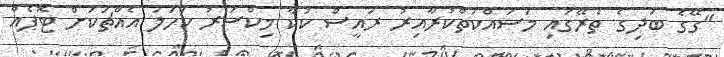
"ގޭގެ ބަދިގެ ތެރޭގައި މަސައްކަތްކުރާއިރު ރައީސް ކުކާ މިކްސަރު ކަހަލަ އެއްޗަކަށް ޓޮޕެއް